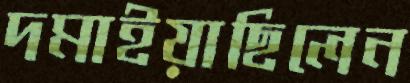
দমাইয়াছিলেন